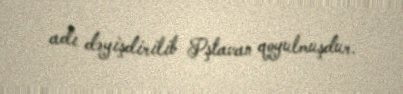
adı dəyişdirilib Pştavan qoyulmuşdur.